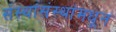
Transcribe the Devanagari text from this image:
संस्थांसंस्थांमधून